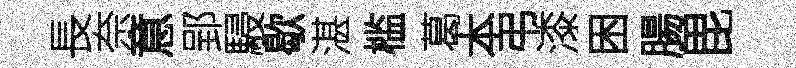
長奈意郢駸歇湛槛葛本弔漆困腸毘